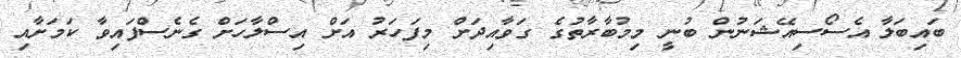
ބައިބަލާ އެސޯސިއޭޝަނުން ބުނީ މިމުބާރާތުގެ ގަވާއިދަށް މިފަހަރު އަށް އިސްލާހަށް ގެނެސްފައިވާ ކަމަށާއި